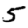
Digit: 5